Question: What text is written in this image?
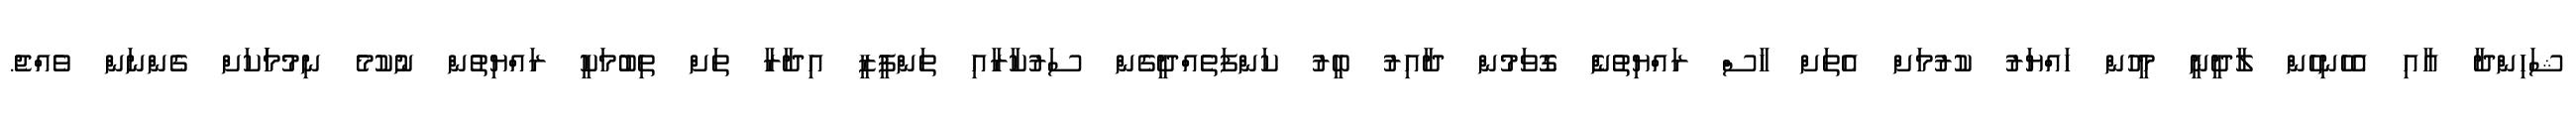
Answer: ޝަހިންދާ އާއި އެހެނިހެން ލާދީނީ މީހުން ހައްޔަރު ކުރުމަށް އެތަށް ހާސް ރައްޔިތުނެް ގޮވަމުން ދާއިރު ބީރު ކަންފަތެއްދީގެން ސަރުކާރާއި ތަންފީޒީ އިދާރާ ތަށް ތިބުމަކީ ރައްޔިތުން ނުކުމެ ނިމުމަަކަށް ގެންނަން ވެއްޖެ.